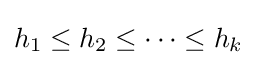
h_{1}\leq h_{2}\leq \cdots \leq h_{k}